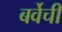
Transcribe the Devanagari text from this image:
बर्वेची